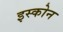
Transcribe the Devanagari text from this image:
इस्कोन